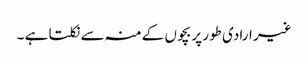
غیر ارادی طور پر بچوں کے منہ سے نکلتا ہے ۔